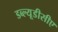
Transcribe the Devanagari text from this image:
डब्ल्यूडीसीए